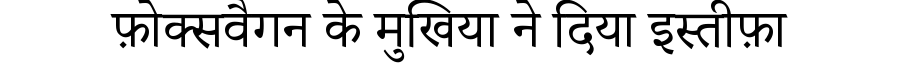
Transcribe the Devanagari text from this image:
फ़ोक्सवैगन के मुखिया ने दिया इस्तीफ़ा